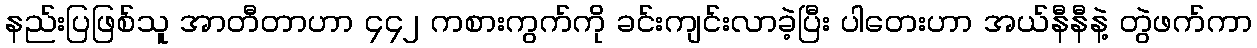
နည်းပြဖြစ်သူ အာတီတာဟာ ၄၄၂ ကစားကွက်ကို ခင်းကျင်းလာခဲ့ပြီး ပါတေးဟာ အယ်နီနီနဲ့ တွဲဖက်ကာ